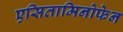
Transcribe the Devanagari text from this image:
एसितामिनोफेन